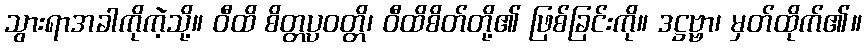
သွားရာအခါကိုကဲ့သို့။ ဝီထိ စိတ္တပ္ပဝတ္တိ၊ ဝီထိစိတ်တို့၏ ဖြစ်ခြင်းကို။ ဒဋ္ဌဗ္ဗာ၊ မှတ်ထိုက်၏။